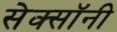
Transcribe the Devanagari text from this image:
सेक्सॉनी